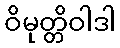
ဝိမုတ္တိဝါဒါ